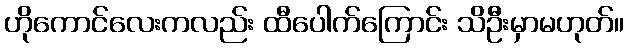
ဟိုကောင်လေးကလည်း ထီပေါက်ကြောင်း သိဦးမှာမဟုတ်။